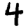
Digit: 4